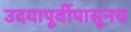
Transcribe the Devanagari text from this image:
उदयापूर्वीपासूनच